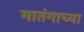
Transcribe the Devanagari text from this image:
मातंगाच्या